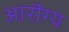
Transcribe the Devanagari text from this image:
आरॊग्य